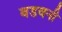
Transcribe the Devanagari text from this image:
बडवनी